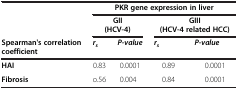
<table><thead><tr><td rowspan="2"><b> </b></td><td colspan="4"><b>PKR gene expression in liver</b></td></tr><tr><td colspan="2"><b>GII(HCV-4)</b></td><td colspan="2"><b>GIII(HCV-4 related HCC)</b></td></tr><tr><td><b>Spearman&#x27;s correlation coefficient</b></td><td><b><i>r</i><sub><i>s</i></sub></b></td><td><b><i>P-value</i></b></td><td><b><i>r</i><sub><i>s</i></sub></b></td><td><b><i>P-value</i></b></td></tr></thead><tbody><tr><td><b>HAI</b></td><td>0.83</td><td>0.0001</td><td>0.89</td><td>0.0001</td></tr><tr><td><b>Fibrosis</b></td><td>o.56</td><td>0.004</td><td>0.84</td><td>0.0001</td></tr></tbody></table>